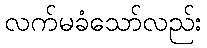
လက်မခံသော်လည်း